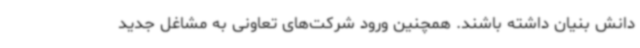
دانش بنیان داشته باشند. همچنین ورود شرکت‌های تعاونی به مشاغل جدید